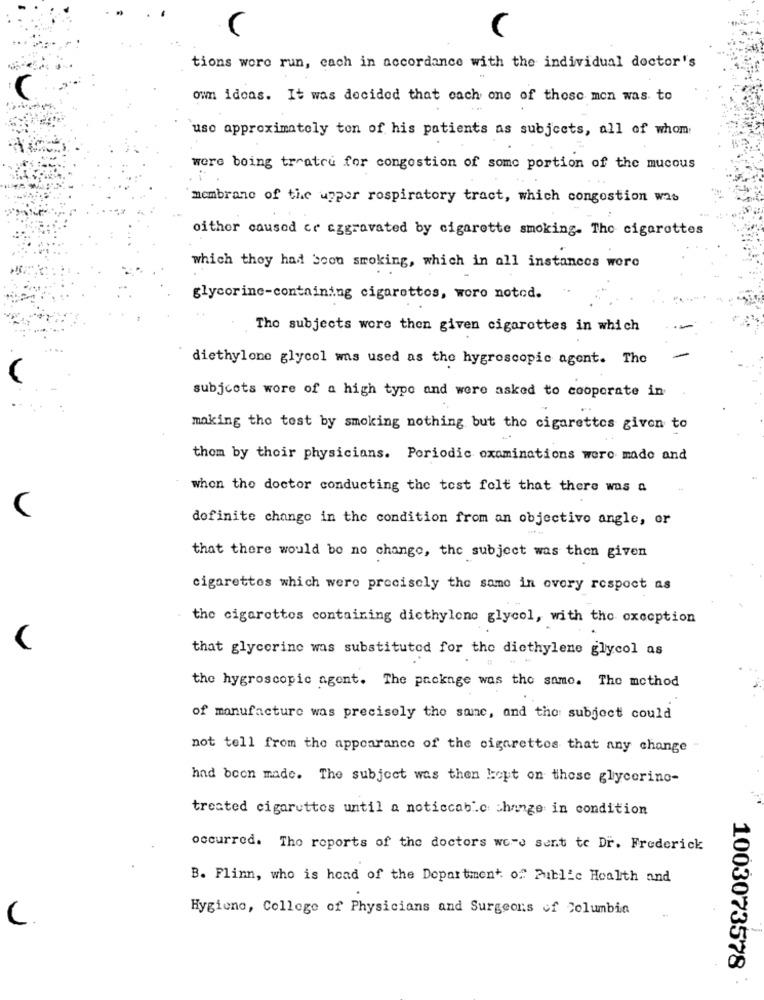
tions wore run, each in accordance with the individual doctor's
(
owm ideas. It was decided that each one of those men was to
uso approximately ton of his patients as subjects, all of whom
were being treated for congestion of some portion of the mucous
membrane of the upper respiratory tract, which congestion w2b
oithor caused cr aggravated by cigarette smoking. The cigarettes
which they had soon smoking, which in all instances were
glycorine-containing cigarettes, woro notod.
The subjects wore then given cigarettes in which
diethylone glycol was used as the hygroscopic agent. The
subjcots wore of a high type and were asked to cooperate in
making the test by smoking nothing but the cigarettes given to
thom by their physicians. Periodic examinations were made and
when the doctor conducting the test felt that there was a
C
definite change in the condition from an objectivo angle, or
that there would be no change, the subject was then given
cigarettes which were precisely the same in every respect as
the cigarettes containing dicthylene glycol, with the exception
that glycerine was substituted for the diethylene glycol as
the hygroscopic agent. The package was the same. The method
of manufacture was precisely the same, and the subject could
not tell from the appearance of the cigarettes that any change "
had been made. The subject was then bout on these glycerino-
treated cigarettes until a noticcable change in condition
occurred. The reports of the doctors were sent to Dr. Frederick
B. Flinn, who is head of the Department of Public Health and
Hygiene, College of Physicians and Surgeons of Columbia
C.
1003073578